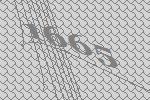
1665